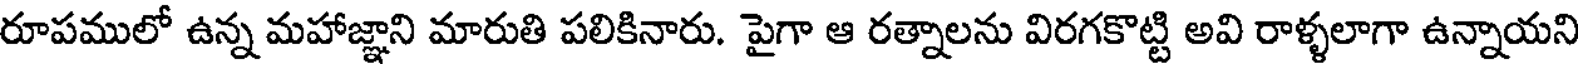
రూపములో ఉన్న మహాజ్ఞాని మారుతి పలికినారు. పైగా ఆ రత్నాలను విరగకొట్టి అవి రాళ్ళలాగా ఉన్నాయని